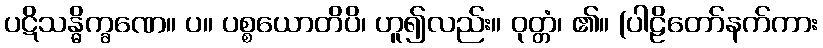
ပဋိသန္ဓိက္ခဏေ။ ပ။ ပစ္စယောတိပိ၊ ဟူ၍လည်း။ ဝုတ္တံ၊ ၏။ (ပါဠိတော်နက်ကား